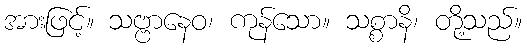
အားဖြင့်။ သဗ္ဗာနေဝ၊ ကုန်သော။ သစ္စာနိ၊ တို့သည်။